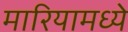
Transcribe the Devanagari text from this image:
मारियामध्ये